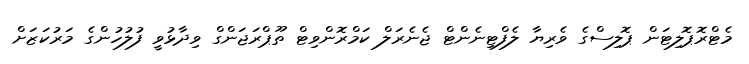
މެޓްރޮޕޮލިޓަން ޕޮލިސްގެ ވެރިޔާ ލެފްޓިނެންޓް ޖެނެރަލް ކަމްރޮންވިޓް ތޫޕްރަޖަންގް ވިދާޅުވީ ފުލުހުންގެ މަރުކަޒަށް